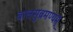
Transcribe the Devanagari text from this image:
बालसुब्रमण्यम्